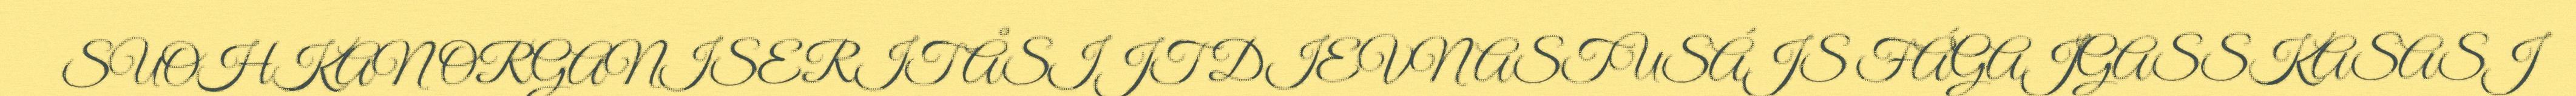
SUOHKAN ORGANISERIT ÅSIJT DIEVNASTUSÁJS FÁGAJGASSKASASJ